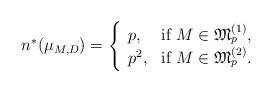
LaTeX: \begin{align*}n^*(\mu_{M,D})=\left\{\begin{array}{ll}p,&{\rm if}\; M\in \mathfrak{M}_p^{(1)}, \\p^2,&{\rm if}\; M\in \mathfrak{M}_p^{(2)} .\end{array}\right.\end{align*}